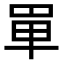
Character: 𠦤